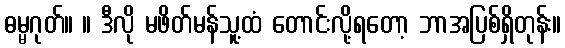
ဓမ္မဂုတ်။ ။ ဒီလို မဖိတ်မန်သူ့ထံ တောင်းလို့ရတော့ ဘာအပြစ်ရှိတုန်း။